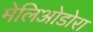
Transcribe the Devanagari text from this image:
मेलिओडोरा